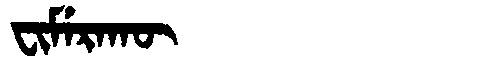
Manchu: ᠸᡳᠮᡝᡵᠠᡴᡡ
Romanization: FIMERAKŪ